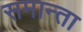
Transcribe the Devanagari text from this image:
समान्ता